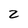
Character: 2